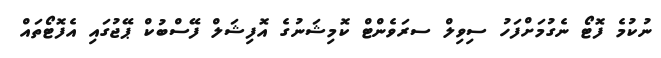
ނުކުމެ ފޮޓޯ ނެގުމަށްފަހު ސިވިލް ސރަވެންޓް ކޮމިޝަނުގެ އޮފިޝަލް ފޭސްބުކް ޕޭޖުގައި އެފޮޓޯތައް